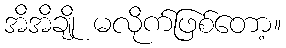
အိအိချို မလိုက်ဖြစ်တော့။